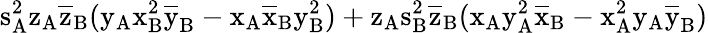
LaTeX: \mathrm{s_{A}^{2}\mathrm{z_{A}\mathrm{\overline{{z}}_{B}(\mathrm{y_{A}\mathrm{x_{B}^{2}\mathrm{\overline{{y}}_{B}-\mathrm{x_{A}\mathrm{\overline{{x}}_{B}\mathrm{y_{B}^{2})+\mathrm{z_{A}\mathrm{s_{B}^{2}\mathrm{\overline{{z}}_{B}(\mathrm{x_{A}\mathrm{y_{A}^{2}\mathrm{\overline{{x}}_{B}-\mathrm{x_{A}^{2}\mathrm{y_{A}\mathrm{\overline{{y}}_{B})}}}}}}}}}}}}}}}}}}